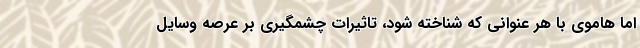
اما هاموی با هر عنوانی که شناخته شود، تاثیرات چشمگیری بر عرصه وسایل